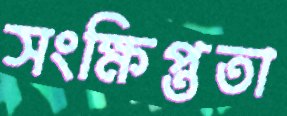
সংক্ষিপ্ততা